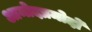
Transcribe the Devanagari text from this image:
आमोदप्रमोदों